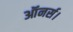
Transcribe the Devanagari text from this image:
ऑनर्स।